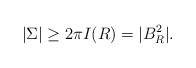
\begin{align*}|\Sigma | \geq 2\pi I(R) = |B^2_R|.\end{align*}